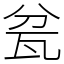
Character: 瓫